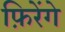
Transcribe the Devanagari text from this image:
फ़िरेंगे